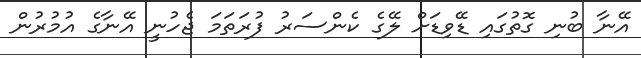
އޭނާ ބުނި ގޮތުގައި ޑޭވިޑަށް ލޭގެ ކެންސަރު ފުރަތަމަ ޖެހުނީ އޭނާގެ އުމުރުން